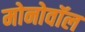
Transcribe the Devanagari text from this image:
मोनोवॉल